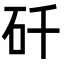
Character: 𬑻